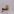
قو